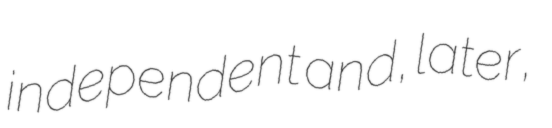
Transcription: independent and, later,